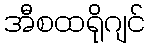
အီစထရိုဂျင်